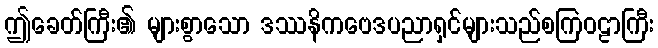
ဤခေတ်ကြီး၏ များစွာသော ဒဿနိကဗေဒပညာရှင်များသည်စကြဝဠာကြီး